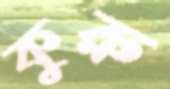
কুরু